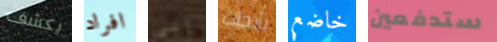
يكشف افراد إلى بأبحاث خاضع ستدفعين